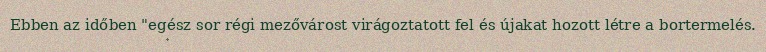
Ebben az időben "egész sor régi mezővárost virágoztatott fel és újakat hozott létre a bortermelés.